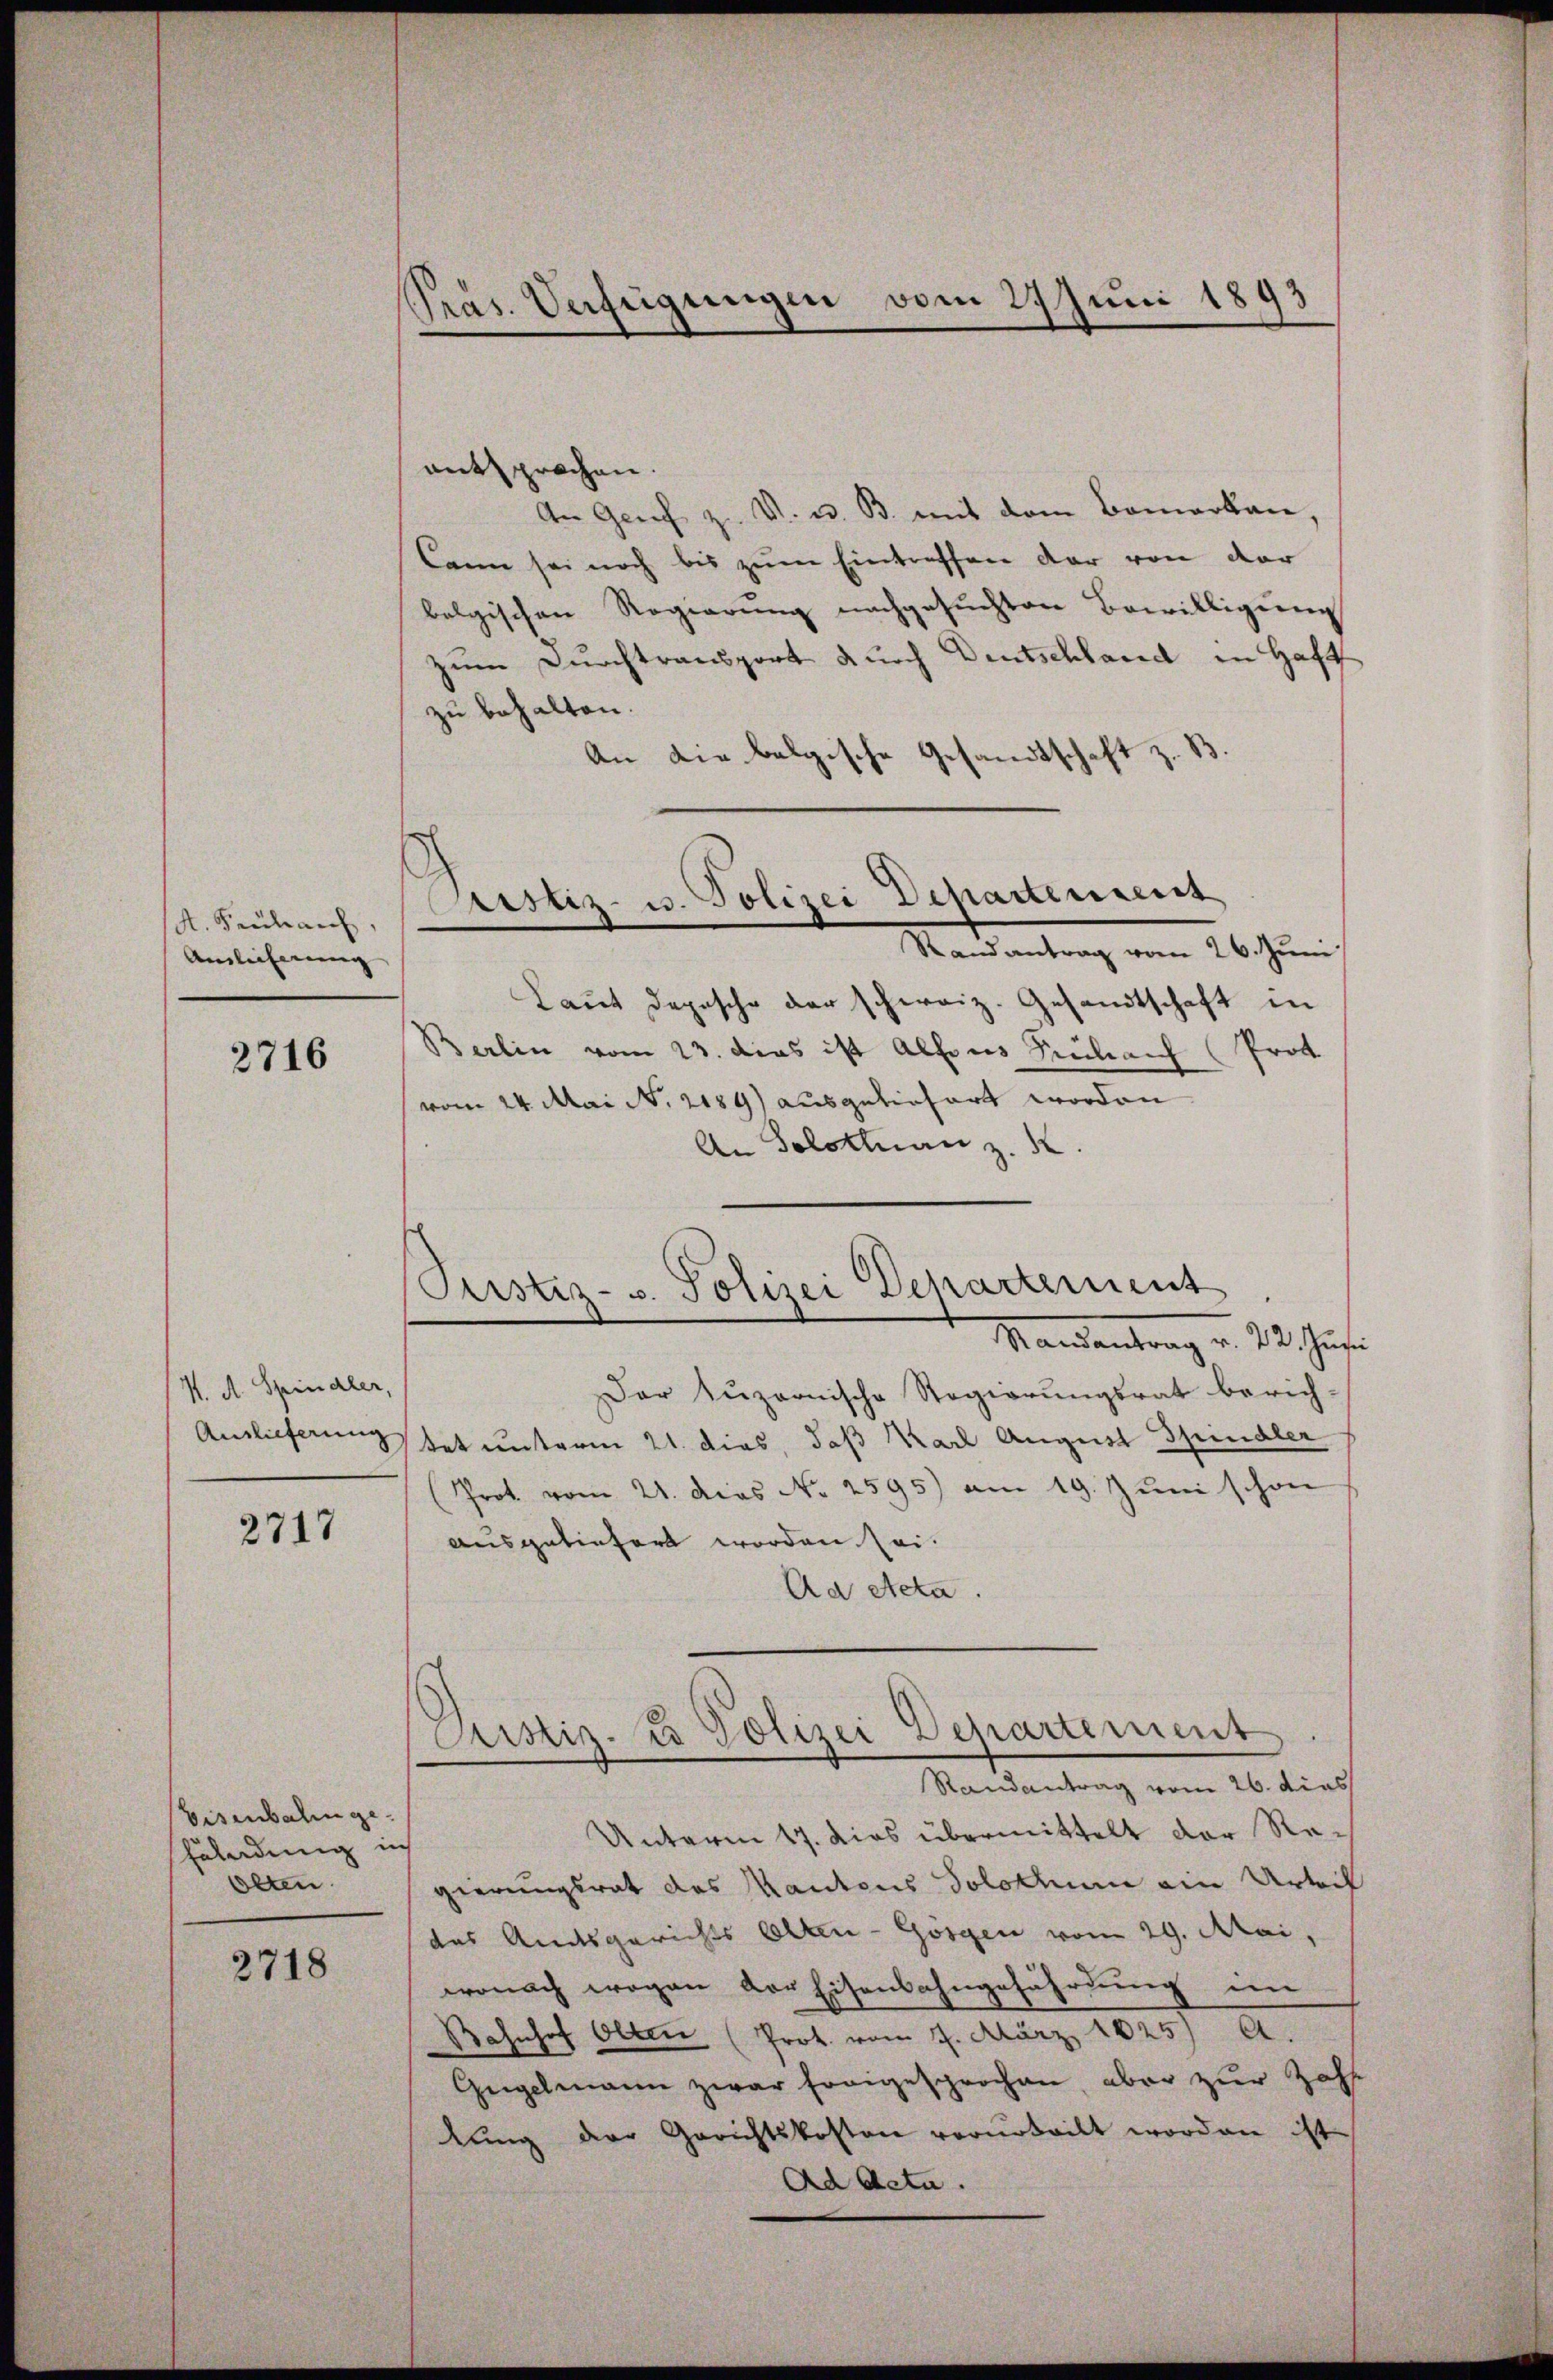
A. Frühauf,
Annlicherung

2716

K. A. Spindler,
Auslieferung

2717

Eisenbahnge¬
Föhndung in
Olten

2718

Pras. Verfügungen vom 27. Juni 1893

entsprochen.
An Genf z. V. u. B. mit dem Bomarkann,
Kann sei noch bis zum Eintreffen der von der
belgischen Regierung nachgesuchten Bewilligung
zum Durchtransport durch Deutschland in Haft
zu behalten.
An die belgische Gesandtschaft z. B.
Mond antrag vom 26. Juni
Laut Depesche der schweiz. Gesandtschaft in
Berlin vom 23. dies ist Alfons Krülach (Prot
vom 24. Mai N. 2184) ausgeliefert worden
An Solothurn z. K
Mandantrag v. 22. Justi
Der Zuzernische Regierungsrat berich-
tet unterm 21. dies, daß Karl August Spindler
Prot vom 21. dies N. 2595) am 19. Juni schon
ausgeliefert worden sei.
Aa Acta.
Pustiz- & Polizei Departement
Randantrag vom 26. dies
Unterm 17. dies übermittelt der Regierungsrat des Kantons Solothurn ein Urteil
das Amtsgerichts Olten-Gossen vom 29. Mai,
wonach wegen der Eisenbahngefährdung im
Bahnhof Olten (Prot. vom 7. März 1825) A.
Gugelmann zwar freigesprochen aber zur Zahl
lŭng der Gerichtskosten verurteilt worden ist.
Ad Acta.

Pustiz- u. Polizei Departement
e

Pustiz- u. Polizei Departement